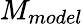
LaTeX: M_{model}